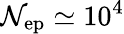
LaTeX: \mathcal{N}_{\mathrm{{ep}}}\simeq10^{4}